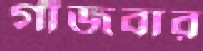
গাঁজবার